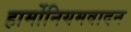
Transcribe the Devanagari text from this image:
हार्मोनियमवादन